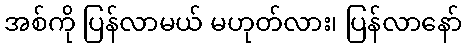
အစ်ကို ပြန်လာမယ် မဟုတ်လား၊ ပြန်လာနော်